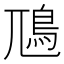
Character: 䲫